Vaccination report Assam 1874-1896 - 1874-1896
Year: 1874
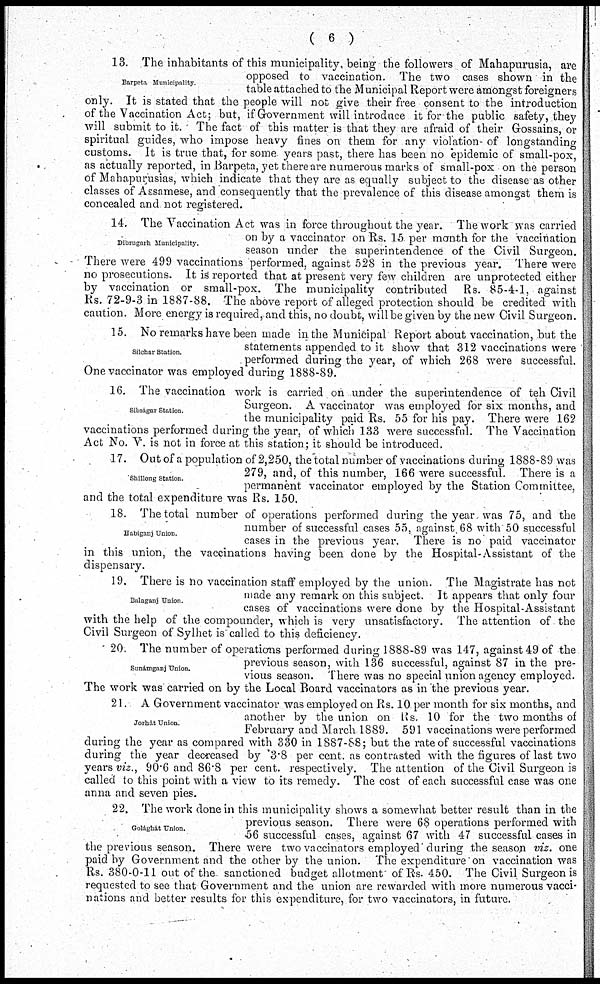
( 6 )
Barpeta Municipality.
13. The inhabitants of this municipality, being the followers of Mahapurusia, are
opposed to vaccination. The two cases shown in the
table attached to the Municipal Report were amongst foreigners
only. It is stated that the people will not give their free consent to the introduction
of the Vaccination Act; but, if Government will introduce it for the public safety, they
will submit to it. ' The fact of this matter is that they are afraid of their Gossains, or
spiritual guides, who impose heavy fines on them for any violation- of longstanding
customs. It is true that, for some years past, there has been no epidemic of small-pox,
as actually reported, in Barpeta, yet there are numerous marks of small-pox on the person
of Mahapurusias, which indicate that they are as equally subject to the disease as other
classes of Assamese, and consequently that the prevalence of this disease amongst them is
concealed and not registered.
Dibrugarh Municipality.
14. The Vaccination Act was in force throughout the year. The work was carried
on by a vaccinator on Rs. 15 per month for the vaccination
season under the superintendence of the Civil Surgeon.
There were 499 vaccinations performed, against 528 in the previous year. There were
no prosecutions. It is reported that at present very few children are unprotected either
by vaccination or small-pox. The municipality contributed Rs. 85-4-1, against
Rs. 72-9-3 in 1887-88. The above report of alleged protection should be credited with
caution. More energy is required, and this, no doubt, will be given by the new Civil Surgeon.
Silchar Station.
15. No remarks have been made in the Municipal Report about vaccination, but the
statements appended to it show that 312 vaccinations were
performed during the year, of which 268 were successful.
One vaccinator was employed during 1888-89.
Sibságar Station
16. The vaccination work is carried on under the superintendence of teh Civil
Surgeon. A vaccinator was employed for six months, and
the municipality paid Rs. 55 for his pay. There were 162
vaccinations performed during the year, of which 133 were successful. The Vaccination
Act No. V. is not in force at this station; it should be introduced.
Shillong Station.
17. Out of a population of 2,250, the total number of vaccinations during 1888-89 was
279, and, of this number, 166 were successful. There is a
permanent vaccinator employed by the Station Committee,
and the total expenditure was Rs. 150.
Habiganj Union.
18. The total number of operations performed during the year was 75, and the
number of successful cases 55, against 68 with 50 successful
cases in the previous year. There is no paid vaccinator
in this union, the vaccinations having been done by the Hospital-Assistant of the
dispensary.
Balaganj Union.
19. There is no vaccination staff employed by the union. The Magistrate has not
made any remark on this subject. It appears that only four
cases of vaccinations were done by the Hospital-Assistant
with the help of the compounder, which is very unsatisfactory. The attention of the
Civil Surgeon of Sylhet is called to this deficiency.
Sunámganj Union.
20. The number of operations performed during 1888-89 was 147, against 49 of the
previous season, with 136 successful, against 87 in the pre-
vious season. There was no special union agency employed.
The work was carried on by the Local Board vaccinators as in the previous year.
Jorhát Union.
21. A Government vaccinator was employed on Rs. 10 per month for six months, and
another by the union on Rs. 10 for the two months of
February and March 1889. 591 vaccinations were performed
during the year as compared with 330 in 1887-88; but the rate of successful vaccinations
during the year decreased by 3.8 per cent. as contrasted with the figures of last two
years viz., 90.6 and 86.8 per cent. respectively. The attention of the Civil Surgeon is
called to this point with a view to its remedy. The cost of each successful case was one
anna and seven pies.
Golághát Union.
22. The work done in this municipality shows a somewhat better result than in the
previous season. There were 68 operations performed with
56 successful cases, against 67 with 47 successful cases in
the previous season. There were two vaccinators employed during the season viz. one
paid by Government and the other by the union. The expenditure on vaccination was
Rs. 380-0-11 out of the sanctioned budget allotment of Rs. 450. The Civil Surgeon is
requested to see that Government and the union are rewarded with more numerous vacci-
nations and better results for this expenditure, for two vaccinators, in future.